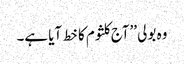
وہ بولی ’’آج کلثوم کا خط آیا ہے۔